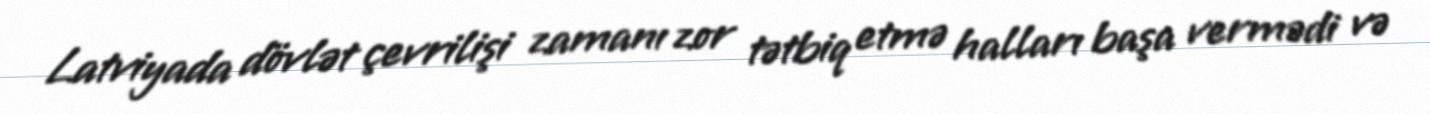
Latviyada dövlət çevrilişi zamanı zor tətbiq etmə halları başa vermədi və